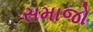
સમાજો